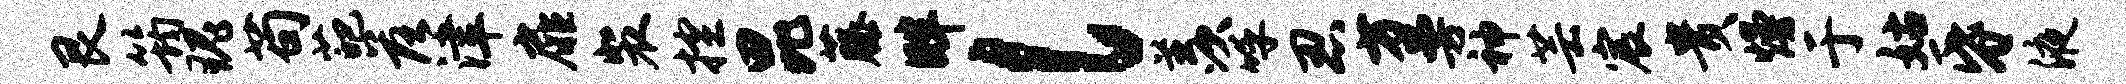
艮筠瑰苟葩落津扉裴控昆藤畔l羡呼忍方曼神芸宸贵熳于姑昏液